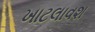
ખાટલાવશ